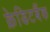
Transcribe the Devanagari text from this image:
क्रेडिटबैंक